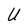
Character: U